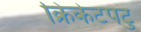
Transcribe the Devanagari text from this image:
क्रिकेटपटु